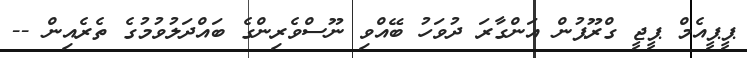
ޕީޕީއެމް ޕީޖީ ގްރޫޕުން އަންގާރަ ދުވަހު ބޭއްވި ނޫސްވެރިންގެ ބައްދަލުވުމުގެ ތެރެއިން --